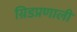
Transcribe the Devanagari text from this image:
ग्रिडप्रणाली